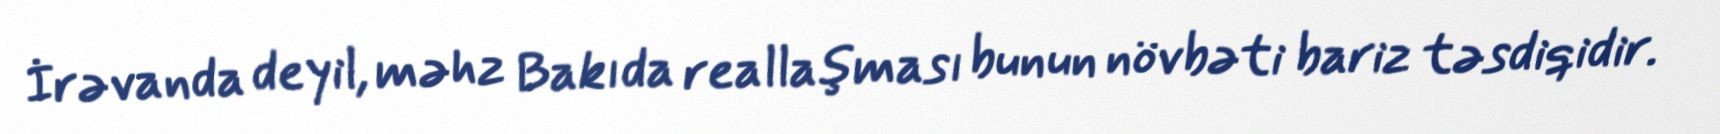
İrəvanda deyil, məhz Bakıda reallaşması bunun növbəti bariz təsdiqidir.